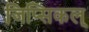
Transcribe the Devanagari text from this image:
जिप्सिकल्